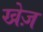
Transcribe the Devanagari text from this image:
खेज़